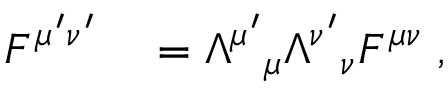
\begin{array} { r l } { F ^ { \mu ^ { \prime } \nu ^ { \prime } } } & { { } = \Lambda ^ { \mu ^ { \prime } } { } _ { \mu } \Lambda ^ { \nu ^ { \prime } } { } _ { \nu } F ^ { \mu \nu } \; , } \end{array}